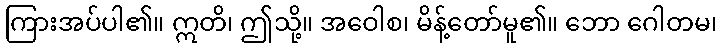
ကြားအပ်ပါ၏။ ဣတိ၊ ဤသို့။ အဝေါစ၊ မိန့်တော်မူ၏။ ဘော ဂေါတမ၊